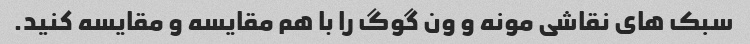
سبک های نقاشی مونه و ون گوگ را با هم مقایسه و مقایسه کنید.